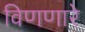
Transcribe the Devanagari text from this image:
विणणारे